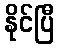
နိုင်ပြီ